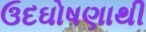
ઉદઘોષણાથી